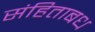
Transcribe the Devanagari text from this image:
संहिताबध